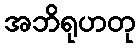
အဘိရုဟတု